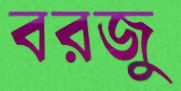
বরজু